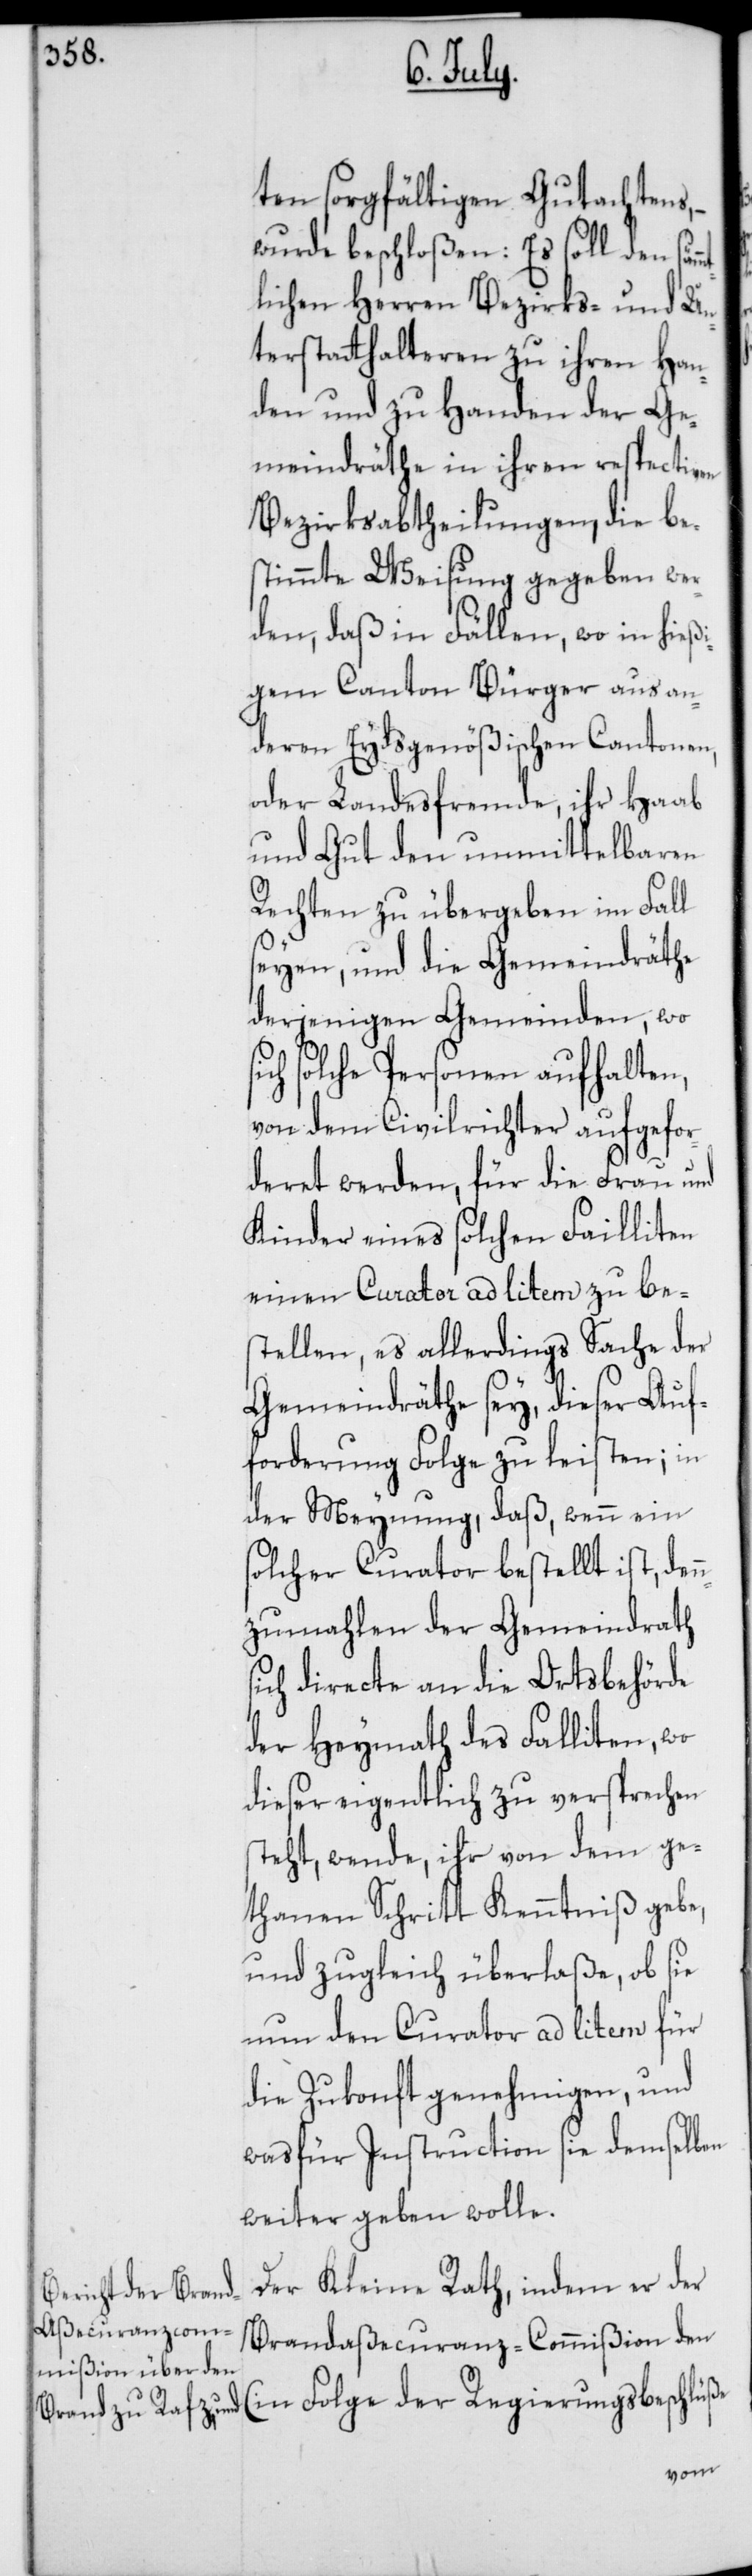
Folge
ten sorgfältigen Gutachtens,
wurde beschloßen: Es soll den säm¬
lichen Herren Bezirks- und Un¬
terstatthalteren zu ihren Han¬
den und zu Handen der Ge¬
meindräthe in ihren respectiven
Bezirksabtheilungen, die be¬
stimmte Weisung gegeben wer¬
den, daß in Fällen, wo in hießi¬
gem Canton Bürger aus an¬
deren Eydsgenößischen Cantonen,
oder Landesfremde, ihr Haab
und Gut den unmittelbaren
Rechten zu übergeben im Fall
seyen, und die Gemeindräthe
derjenigen Gemeinden, wo
solche Personen aufhalten,
von dem Civilrichter aufgefor¬
deret werden, für die Frau und
Kinder eines solchen Failliten
einen Curator ad litem zu be¬
stellen, es allerdings Sache der
Gemeindräthe sey, dieser Auf¬
forderung Folge zu leisten; in
der Meynung, daß, wenn ein
solcher Curator bestellt ist, den¬
nzumahlen der Gemeindrath
sich directe an die Ortsbehörde
der Heymath des Falliten, wo
dieser eigentlich zu versprechen
steht, wende, ihr von dem ge¬
thanen Schritt Kenntniß gebe,
und zugleich überlaße, ob sie
nun den Curator ad litem für
die Zukunft genehmigen, und
was für Instruction sie demselben
weiter geben wolle.
Der Kleine Rath, indem er der
Brandaßecuranz-Commißion den